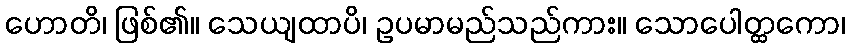
ဟောတိ၊ ဖြစ်၏။ သေယျထာပိ၊ ဥပမာမည်သည်ကား။ သောပေါတ္ထကော၊